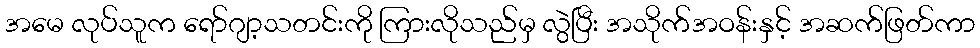
အမေ လုပ်သူက ရော်ဂျာ့သတင်းကို ကြားလိုသည်မှ လွဲပြီး အသိုက်အဝန်းနှင့် အဆက်ဖြတ်ကာ